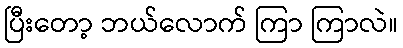
ပြီးတော့ ဘယ်လောက် ကြာ ကြာလဲ။